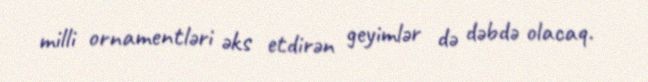
milli ornamentləri əks etdirən geyimlər də dəbdə olacaq.